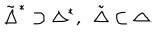
{ \tilde { \Delta } } ^ { * } \supset { { \Delta } ^ { * } } , \ \ { \tilde { \Delta } } \subset { \Delta } .